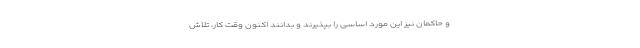
و حاکمان نیز این مورد اساسی را بپذیرند و بدانند اکنون وقت کار، تلاش